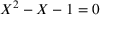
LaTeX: X ^ { 2 } - X - 1 = 0